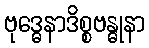
ဗုဒ္ဓေနာဒိစ္စဗန္ဓုနာ